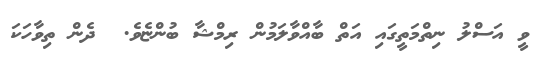
ވީ އަސްލު ނިތްމަތީގައި އަތް ބާއްވާލަމުން ރިމްޝާ ބުންޏެވެ.  ދެން ތިވާހަކަ